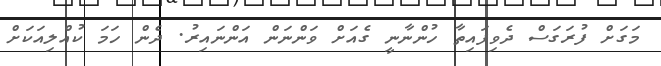
މަގަށް ފުރަގަސް ދެވިފައިތާ ހުންނާނީ ގެއަށް ވަންނަން އަންނައިރު. ދެން ހަމަ ކުއްލިއަކަށް